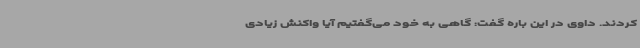
کردند. داوی در این باره گفت: گاهی به خود می‌گفتیم آیا واکنش زیادی